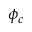
\phi _ { c }